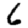
Digit: 6